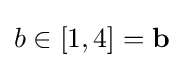
b\in [1,4]=\mathbf {b}